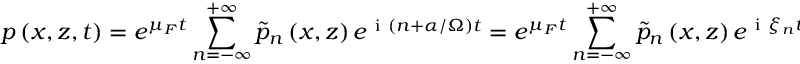
p \left( x , z , t \right) = e ^ { \mu _ { F } t } \sum _ { n = - \infty } ^ { + \infty } \tilde { p } _ { n } \left( x , z \right) e ^ { \mathrm { ~ i ~ } \left( n + \alpha / \Omega \right) t } = e ^ { \mu _ { F } t } \sum _ { n = - \infty } ^ { + \infty } \tilde { p } _ { n } \left( x , z \right) e ^ { \mathrm { ~ i ~ } \xi _ { n } t } ,